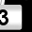
Digit: 3